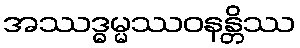
အဿဒ္ဓမ္မဿဝနန္တိဿ